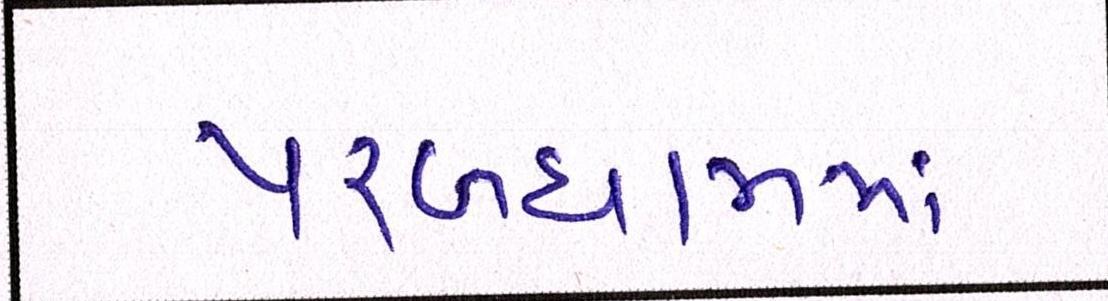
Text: પરબધામમાં